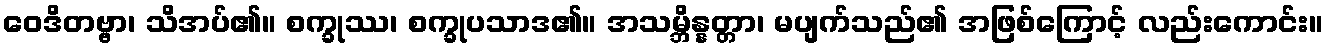
ဝေဒိတဗ္ဗာ၊ သိအပ်၏။ စက္ခုဿ၊ စက္ခုပသာဒ၏။ အသမ္ဘိန္နတ္တာ၊ မပျက်သည်၏ အဖြစ်ကြောင့် လည်းကောင်း။